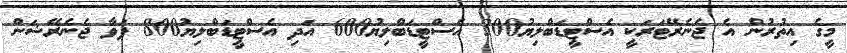
މީގެ އިތުރުން އެ ޖެނެރޭޓަރަކީ އެސްޓީޑަބްލިޔު300 އެސްޓީޑަބްލިޔު600 އަދި އެސްޓީޑަބްލިޔު800 ޕަވާ ޖެނެރޭޝަން